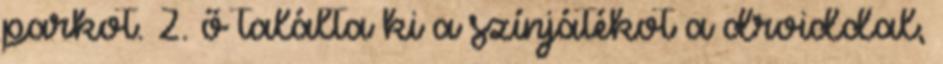
parkot. 2. ő találta ki a színjátékot a droiddal,